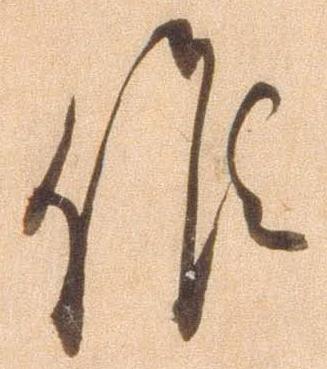
候